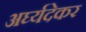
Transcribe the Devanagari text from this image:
अर्घ्यदेकर